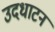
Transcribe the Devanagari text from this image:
उदधाटन